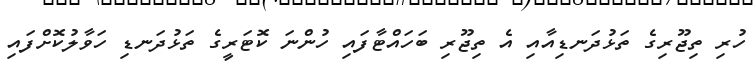
ހުރި ތިޖޫރިގެ ތަޅުދަނޑިއާއި އެ ތިޖޫރި ބަހައްޓާފައި ހުންނަ ކޮޓަރީގެ ތަޅުދަނޑި ހަވާލުކޮށްފައި